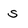
Character: s